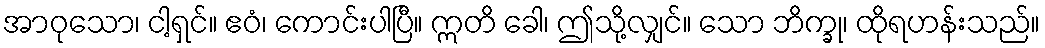
အာဝုသော၊ ငါ့ရှင်။ ဧဝံ၊ ကောင်းပါပြီ။ ဣတိ ခေါ၊ ဤသို့လျှင်။ သော ဘိက္ခု၊ ထိုရဟန်းသည်။